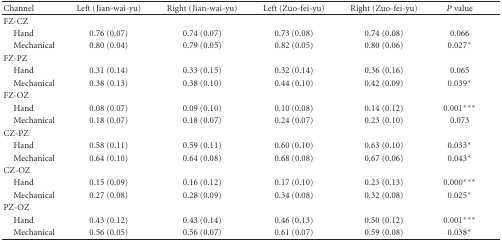
<table><thead><tr><td><b>Channel</b></td><td><b>Left (Jian-wai-yu)</b></td><td><b>Right (Jian-wai-yu)</b></td><td><b>Left (Zuo-fei-yu)</b></td><td><b>Right (Zuo-fei-yu)</b></td><td><b><i>P</i> value</b></td></tr></thead><tbody><tr><td>FZ-CZ</td><td></td><td></td><td></td><td></td><td></td></tr><tr><td> Hand</td><td>0.76 (0.07)</td><td>0.74 (0.07)</td><td>0.73 (0.08)</td><td>0.74 (0.08)</td><td>0.066</td></tr><tr><td> Mechanical</td><td>0.80 (0.04)</td><td>0.79 (0.05)</td><td>0.82 (0.05)</td><td>0.80 (0.06)</td><td>0.027*</td></tr><tr><td>FZ-PZ</td><td></td><td></td><td></td><td></td><td></td></tr><tr><td> Hand</td><td>0.31 (0.14)</td><td>0.33 (0.15)</td><td>0.32 (0.14)</td><td>0.36 (0.16)</td><td>0.065</td></tr><tr><td> Mechanical</td><td>0.38 (0.13)</td><td>0.38 (0.10)</td><td>0.44 (0.10)</td><td>0.42 (0.09)</td><td>0.039*</td></tr><tr><td>FZ-OZ</td><td></td><td></td><td></td><td></td><td></td></tr><tr><td> Hand</td><td>0.08 (0.07)</td><td>0.09 (0.10)</td><td>0.10 (0.08)</td><td>0.14 (0.12)</td><td>0.001***</td></tr><tr><td> Mechanical</td><td>0.18 (0.07)</td><td>0.18 (0.07)</td><td>0.24 (0.07)</td><td>0.23 (0.10)</td><td>0.073</td></tr><tr><td>CZ-PZ</td><td></td><td></td><td></td><td></td><td></td></tr><tr><td> Hand</td><td>0.58 (0.11)</td><td>0.59 (0.11)</td><td>0.60 (0.10)</td><td>0.63 (0.10)</td><td>0.033*</td></tr><tr><td> Mechanical</td><td>0.64 (0.10)</td><td>0.64 (0.08)</td><td>0.68 (0.08)</td><td>0.67 (0.06)</td><td>0.043*</td></tr><tr><td>CZ-OZ</td><td></td><td></td><td></td><td></td><td></td></tr><tr><td> Hand</td><td>0.15 (0.09)</td><td>0.16 (0.12)</td><td>0.17 (0.10)</td><td>0.23 (0.13)</td><td>0.000***</td></tr><tr><td> Mechanical</td><td>0.27 (0.08)</td><td>0.28 (0.09)</td><td>0.34 (0.08)</td><td>0.32 (0.08)</td><td>0.025*</td></tr><tr><td>PZ-OZ</td><td></td><td></td><td></td><td></td><td></td></tr><tr><td> Hand</td><td>0.43 (0.12)</td><td>0.43 (0.14)</td><td>0.46 (0.13)</td><td>0.50 (0.12)</td><td>0.001***</td></tr><tr><td> Mechanical</td><td>0.56 (0.05)</td><td>0.56 (0.07)</td><td>0.61 (0.07)</td><td>0.59 (0.08)</td><td>0.038*</td></tr></tbody></table>